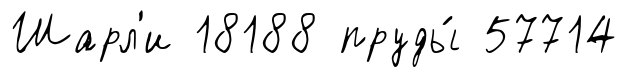
Шарл'и 18188 пруды́ 57714